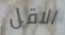
الاقل